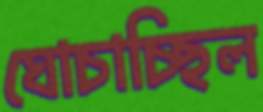
ঘোচাচ্ছিল